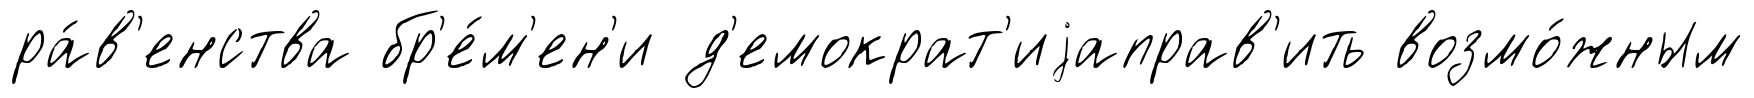
ра́в'енства бр'е́м'ен'и д'емократ'иjаправ'ить возмо́жным